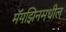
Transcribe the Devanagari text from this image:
मॅगझिनमधील